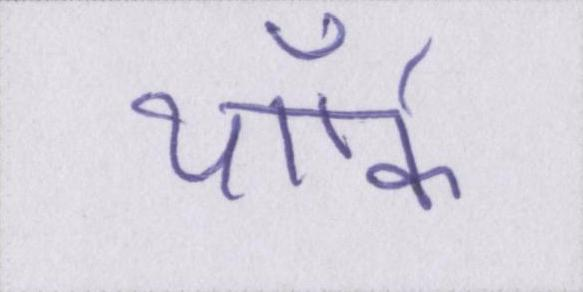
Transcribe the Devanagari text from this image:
यॉर्क